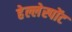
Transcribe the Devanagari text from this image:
हेल्लेस्पोंट